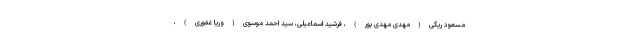
مسعود ریگی(مهدی مهدی پور)، فرشید اسماعیلی، سید احمد موسوی(وریا غفوری)،